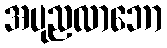
အပုညလာဘော